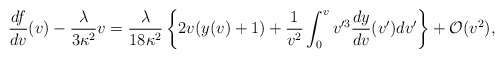
\begin{align*} \frac{df}{dv}(v)-\frac{\lambda}{3\kappa^2}v=\frac{\lambda}{18\kappa^2}\left\{2v(y(v)+1)+\frac{1}{v^2}\int_0^vv'^3\frac{dy}{dv}(v')dv'\right\}+\mathcal{O}(v^2),\end{align*}